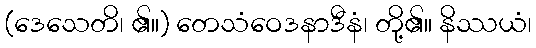
(ဒေသေတိ၊ ၏။) တေသံဝေဒနာဒီနံ၊ တို့၏။ နိဿယံ၊